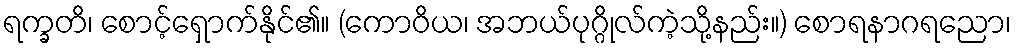
ရက္ခတိ၊ စောင့်ရှောက်နိုင်၏။ (ကောဝိယ၊ အဘယ်ပုဂ္ဂိုလ်ကဲ့သို့နည်း။) စောရနာဂရညော၊